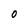
Character: 0